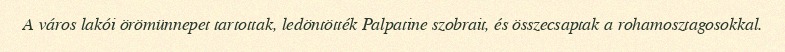
A város lakói örömünnepet tartottak, ledöntötték Palpatine szobrait, és összecsaptak a rohamosztagosokkal.